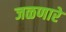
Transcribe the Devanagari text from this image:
जळणारे